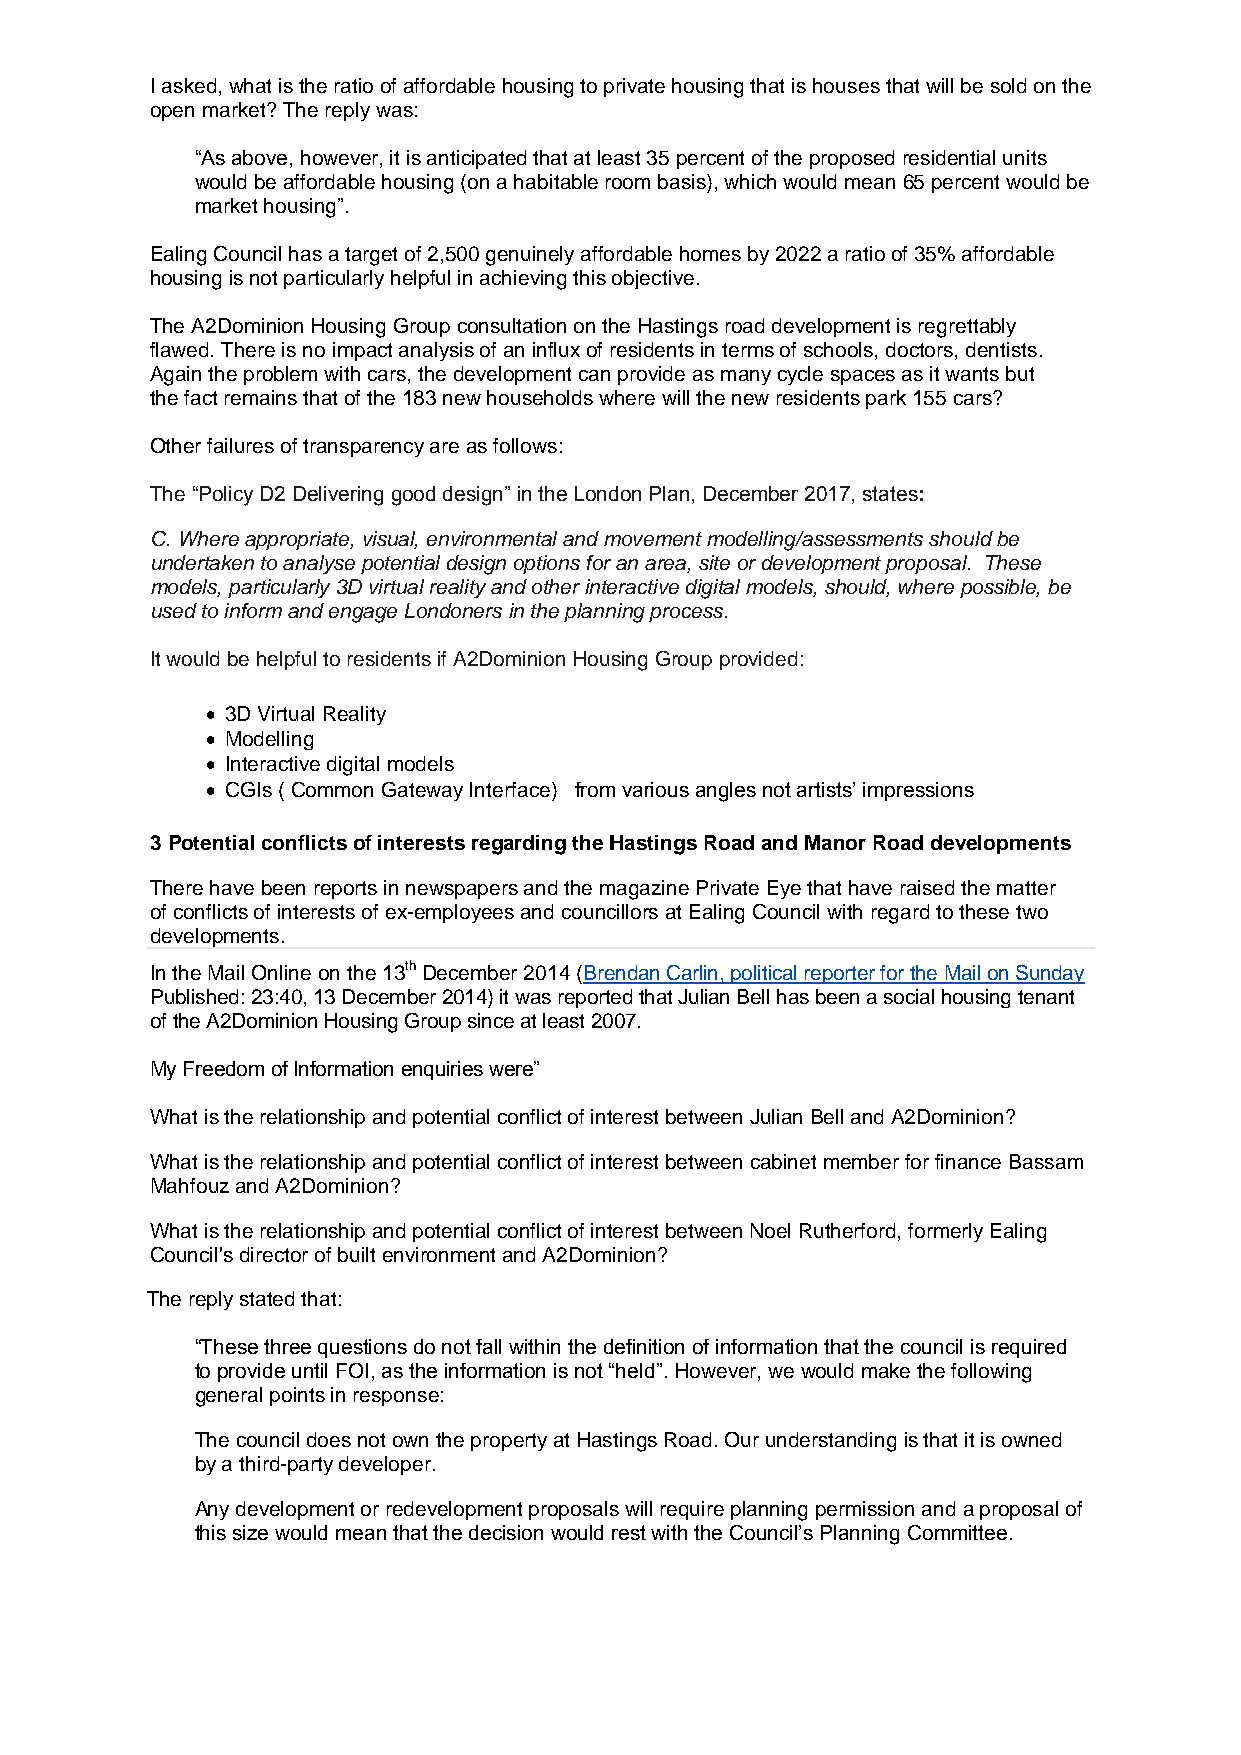
I asked, what is the ratio of affordable housing to private housing that is houses that will be sold on the
 open market? The reply was:
 “As above, however, it is anticipated that at least 35 percent of the proposed residential units
 would be affordable housing (on a habitable room basis), which would mean 65 percent would be
 market housing”.
 Ealing Council has a target of 2,500 genuinely affordable homes by 2022 a ratio of 35% affordable
 housing is not particularly helpful in achieving this objective.
 The A2Dominion Housing Group consultation on the Hastings road development is regrettably
 flawed. There is no impact analysis of an influx of residents in terms of schools, doctors, dentists.
 Again the problem with cars, the development can provide as many cycle spaces as it wants but
 the fact remains that of the 183 new households where will the new residents park 155 cars?
 Other failures of transparency are as follows:
 The “Policy D2 Delivering good design” in the London Plan, December 2017, states:
 C. Where appropriate, visual, environmental and movement modelling/assessments should be
 undertaken to analyse potential design options for an area, site or development proposal. These
 models, particularly 3D virtual reality and other interactive digital models, should, where possible, be
 used to inform and engage Londoners in the planning process.
 It would be helpful to residents if A2Dominion Housing Group provided:
  3D Virtual Reality
  Modelling
  Interactive digital models
  CGIs ( Common Gateway Interface) from various angles not artists’ impressions
 3 Potential conflicts of interests regarding the Hastings Road and Manor Road developments
 There have been reports in newspapers and the magazine Private Eye that have raised the matter
 of conflicts of interests of ex-employees and councillors at Ealing Council with regard to these two
 developments.
 In the Mail Online on the 13th December 2014 (Brendan Carlin, political reporter for the Mail on Sunday
 Published: 23:40, 13 December 2014) it was reported that Julian Bell has been a social housing tenant
 of the A2Dominion Housing Group since at least 2007.
 My Freedom of Information enquiries were”
 What is the relationship and potential conflict of interest between Julian Bell and A2Dominion?
 What is the relationship and potential conflict of interest between cabinet member for finance Bassam
 Mahfouz and A2Dominion?
 What is the relationship and potential conflict of interest between Noel Rutherford, formerly Ealing
 Council's director of built environment and A2Dominion?
 The reply stated that:
 “These three questions do not fall within the definition of information that the council is required
 to provide until FOI, as the information is not “held”. However, we would make the following
 general points in response:
 The council does not own the property at Hastings Road. Our understanding is that it is owned
 by a third-party developer.
 Any development or redevelopment proposals will require planning permission and a proposal of
 this size would mean that the decision would rest with the Council’s Planning Committee.